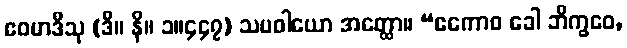
ဧဝမာဒီသု (ဒီ။ နိ။ ၁။၄၄၇) သမဝါယော အတ္ထော။ “ဧကောဝ ခေါ ဘိက္ခဝေ,